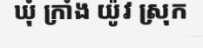
ឃុំ ក្រាំង យ៉ូវ ស្រុក